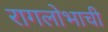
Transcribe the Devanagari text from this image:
रागलोभाची